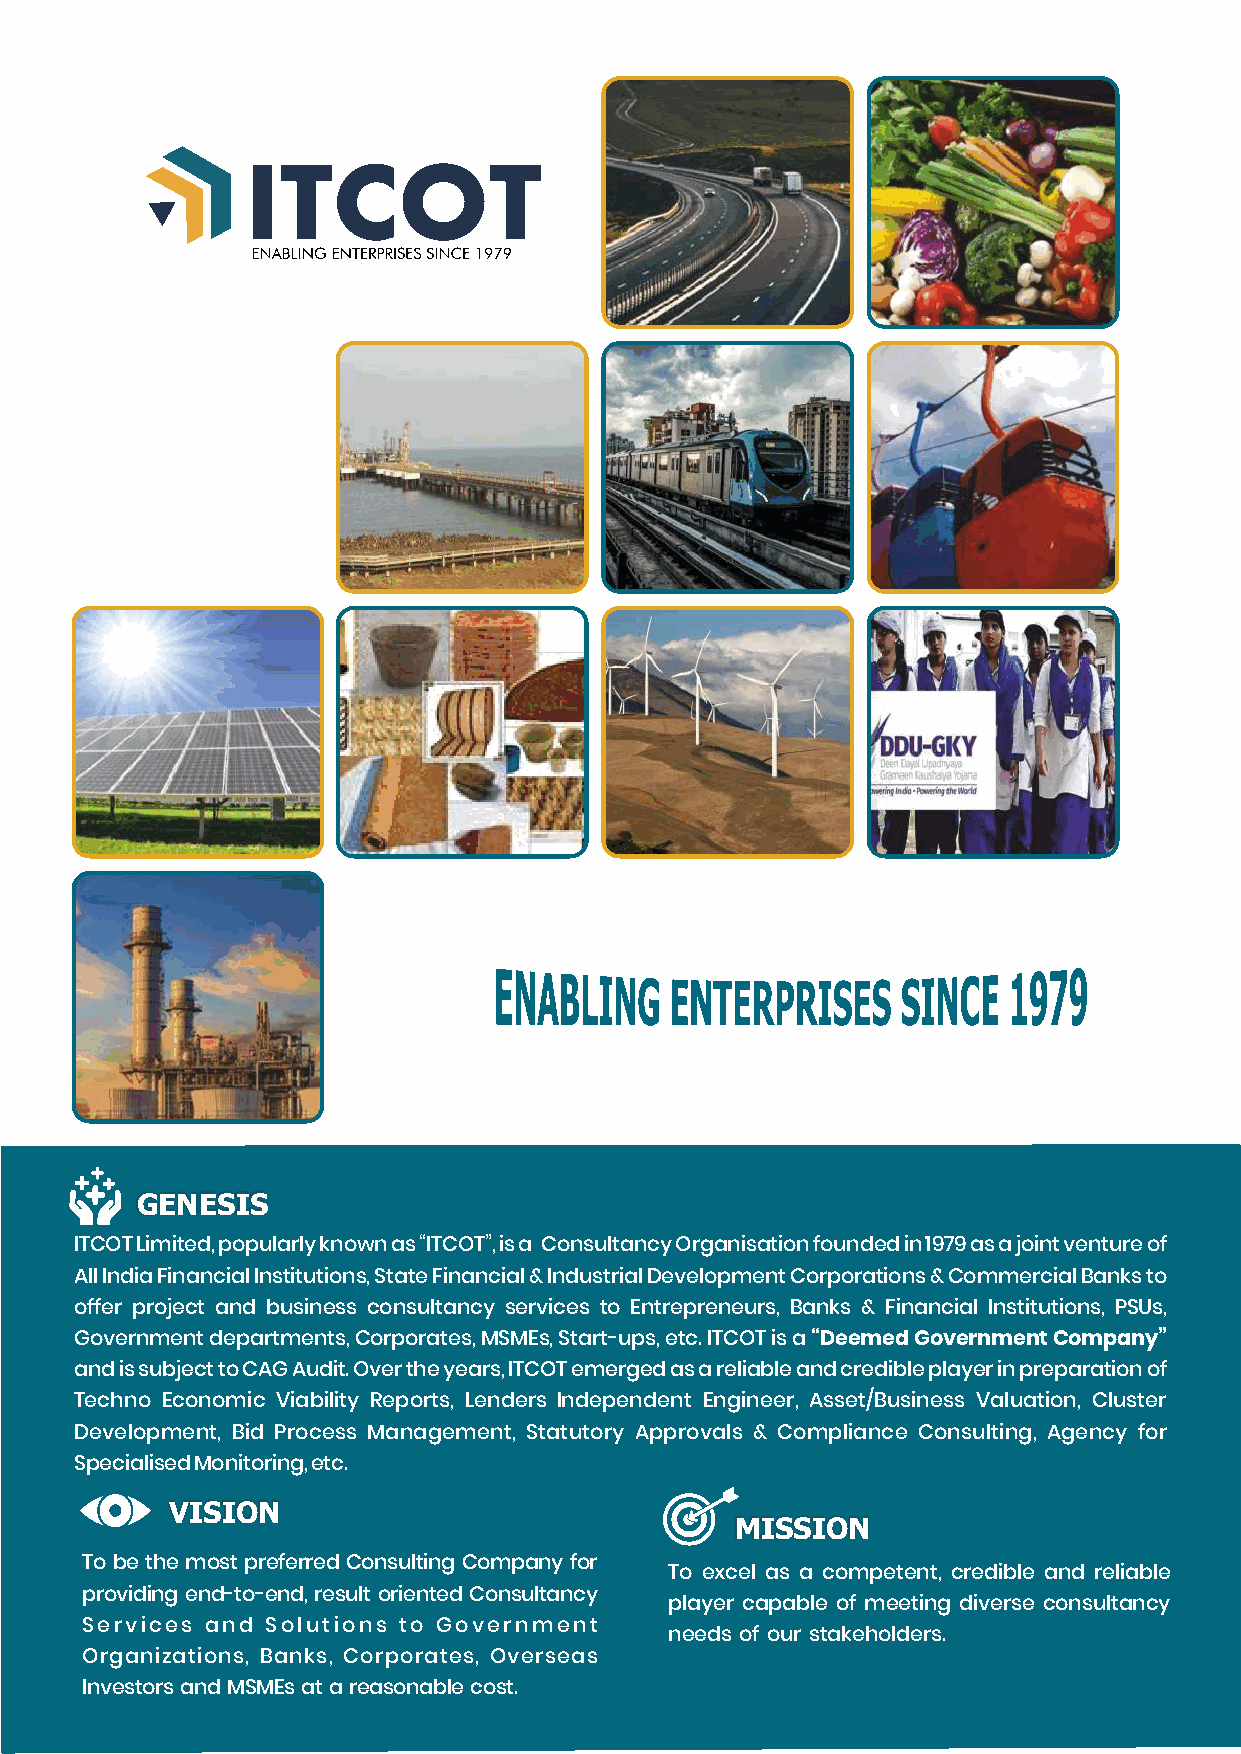
GENESIS
 ITCOT Limited, popularly known as “ITCOT”, is a Consultancy Organisation founded in 1979 as a joint venture of
 All India Financial Institutions, State Financial & Industrial Development Corporations & Commercial Banks to
 offer project and business consultancy services to Entrepreneurs, Banks & Financial Institutions, PSUs,
 Government departments, Corporates, MSMEs, Start-ups, etc. ITCOT is a “Deemed Government Company”
 and is subject to CAG Audit. Over the years, ITCOT emerged as a reliable and credible player in preparation of
 Techno Economic Viability Reports, Lenders Independent Engineer, Asset/Business Valuation, Cluster
 Development, Bid Process Management, Statutory Approvals & Compliance Consulting, Agency for
 Specialised Monitoring, etc.
 VISION
 MISSION
 To be the most preferred Consulting Company for
 To excel as a competent, credible and reliable
 providing end-to-end, result oriented Consultancy
 player capable of meeting diverse consultancy
 Services and Solutions to Government
 needs of our stakeholders.
 Organizations, Banks, Corporates, Overseas
 Investors and MSMEs at a reasonable cost.